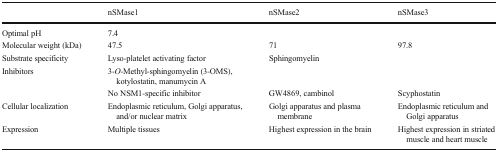
<table><thead><tr><td></td><td><b>nSMase1</b></td><td><b>nSMase2</b></td><td><b>nSMase3</b></td></tr></thead><tbody><tr><td>Optimal pH</td><td colspan="3">7.4</td></tr><tr><td>Molecular weight (kDa)</td><td>47.5</td><td>71</td><td>97.8</td></tr><tr><td>Substrate specificity</td><td>Lyso-platelet activating factor</td><td colspan="2">Sphingomyelin</td></tr><tr><td rowspan="2">Inhibitors</td><td colspan="3">3-<i>O</i>-Methyl-sphingomyelin (3-OMS), kotylostatin, manumycin A</td></tr><tr><td>No NSM1-specific inhibitor</td><td>GW4869, cambinol</td><td>Scyphostatin</td></tr><tr><td>Cellular localization</td><td>Endoplasmic reticulum, Golgi apparatus, and/or nuclear matrix</td><td>Golgi apparatus and plasma membrane</td><td>Endoplasmic reticulum and Golgi apparatus</td></tr><tr><td>Expression</td><td>Multiple tissues</td><td>Highest expression in the brain</td><td>Highest expression in striated muscle and heart muscle</td></tr></tbody></table>